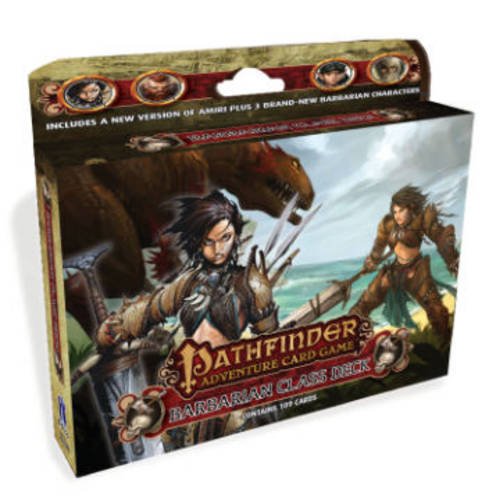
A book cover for Pathfinder Adventure Card Game: Barbarian Class Deck; Tanis O'connor; Science Fiction & Fantasy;